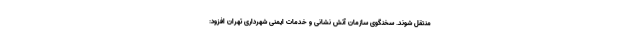
منتقل شوند. سخنگوی سازمان آتش نشانی و خدمات ایمنی شهرداری تهران افزود: